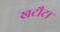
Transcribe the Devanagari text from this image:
खटौटा